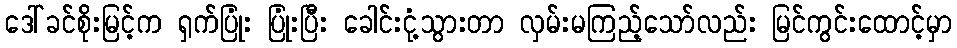
ဒေါ်ခင်စိုးမြင့်က ရှက်ပြုံး ပြုံးပြီး ခေါင်းငုံ့သွားတာ လှမ်းမကြည့်သော်လည်း မြင်ကွင်းထောင့်မှာ